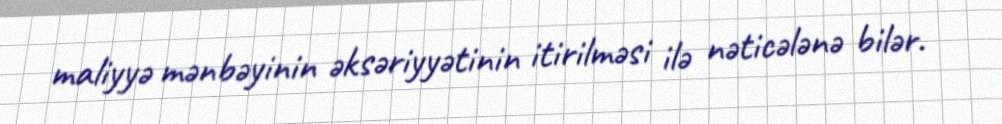
maliyyə mənbəyinin əksəriyyətinin itirilməsi ilə nəticələnə bilər.